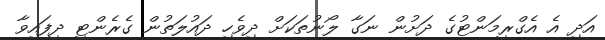
އަދި އެ އެގްރީމަންޓުގެ ދަށުން ނަގާ ލޯނުތަކަށް ދިވެހި ދައުލަތުން ގެރެންޓީ ދީފައިވާ